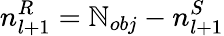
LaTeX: n_{l+1}^{R}=\mathbb{N}_{obj}-n_{l+1}^{S}